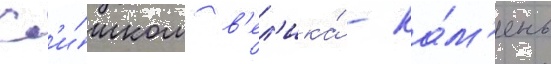
сл'и́шком в'ел'ика́ - ка́м'ень